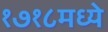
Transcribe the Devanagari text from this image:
१७१८मध्ये